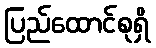
ပြည်ထောင်စုရှိ